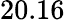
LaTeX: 20.16